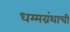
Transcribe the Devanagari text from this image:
धम्मग्रंथाची